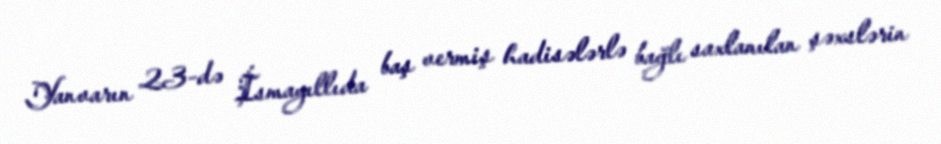
Yanvarın 23-də İsmayıllıda baş vermiş hadisələrlə bağlı saxlanılan şəxslərin